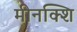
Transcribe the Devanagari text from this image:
मीनक्शि